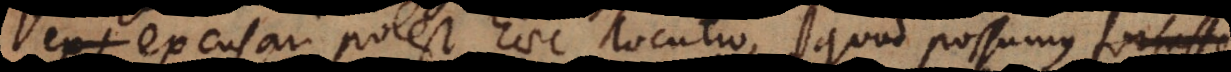
exp excusari potest haec locutio, quod possumus fortasse